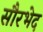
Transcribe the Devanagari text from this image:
सौरभेद